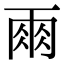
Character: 𮦆